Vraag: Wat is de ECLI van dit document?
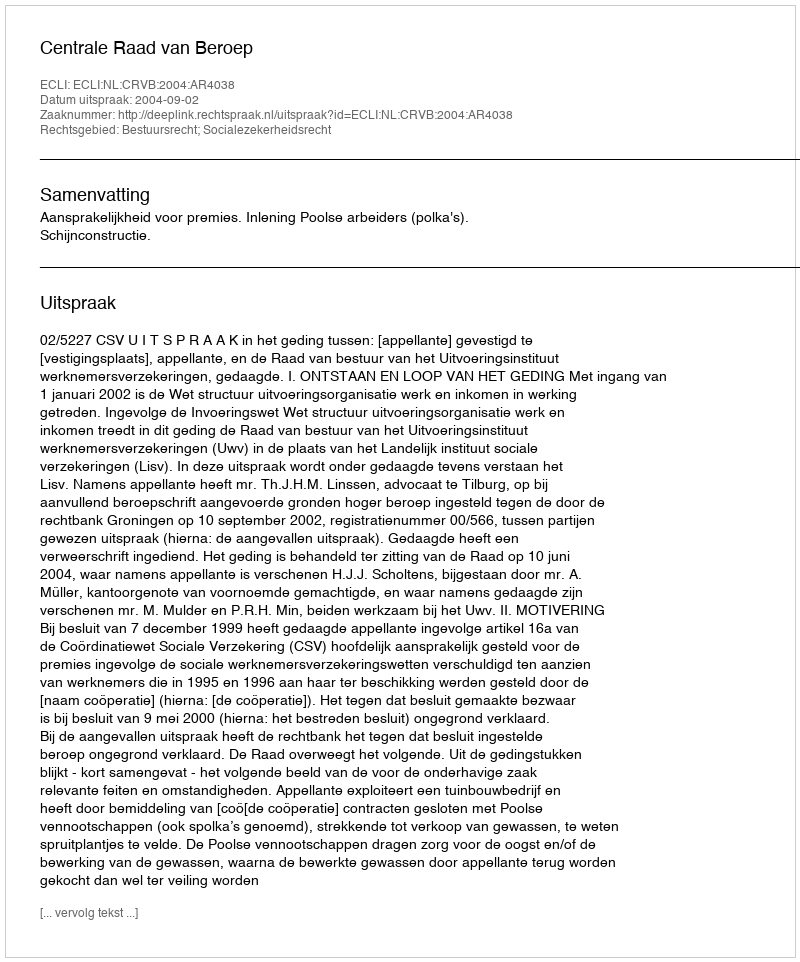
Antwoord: ECLI:NL:CRVB:2004:AR4038